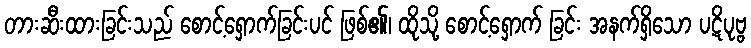
တားဆီးထားခြင်းသည် စောင့်ရှောက်ခြင်းပင် ဖြစ်၏၊ ထိုသို့ စောင့်ရှောက် ခြင်း အနက်ရှိသော ပဋိပုဗ္ဗ